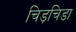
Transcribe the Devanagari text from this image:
चिड़चिडा